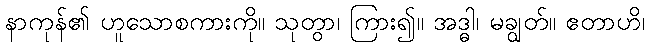
နာကုန်၏ ဟူသောစကားကို။ သုတွာ၊ ကြား၍။ အဒ္ဓါ၊ မချွတ်။ ဧတာဟိ၊